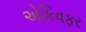
એકિવફર